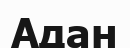
Адан